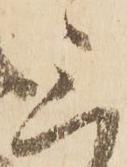
三